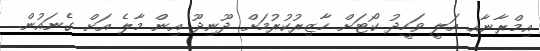
އިމްރާނާއި އަލީ ވަހީދު ކޯޓަށް ހާޒިރުކުރުމަށް ދޫނިދޫ އިން މާލެ އަށް ގެނައުން.